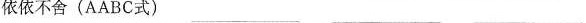
依依不舍(AABC式)___